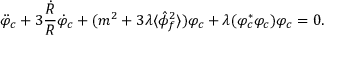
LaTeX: \ddot { \varphi } _ { c } + 3 \frac { \dot { R } } { R } \dot { \varphi } _ { c } + ( m ^ { 2 } + 3 \lambda \langle \hat { \phi } _ { f } ^ { 2 } \rangle ) \varphi _ { c } + \lambda ( \varphi _ { c } ^ { * } \varphi _ { c } ) \varphi _ { c } = 0 .